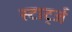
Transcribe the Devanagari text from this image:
स्टार्ट्ज